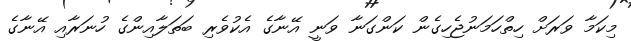
މިކަމާ ވަރަށް ހިތްހަމަނުޖެހިގެން ކަންގަނާ ވަނީ އޭނާގެ އެކުވެރި ބަތަލާއިންގެ ހުނަރާއި އޭނާގެ